Indian journal of veterinary science and animal husbandry - Volume 12,
Year: 1942
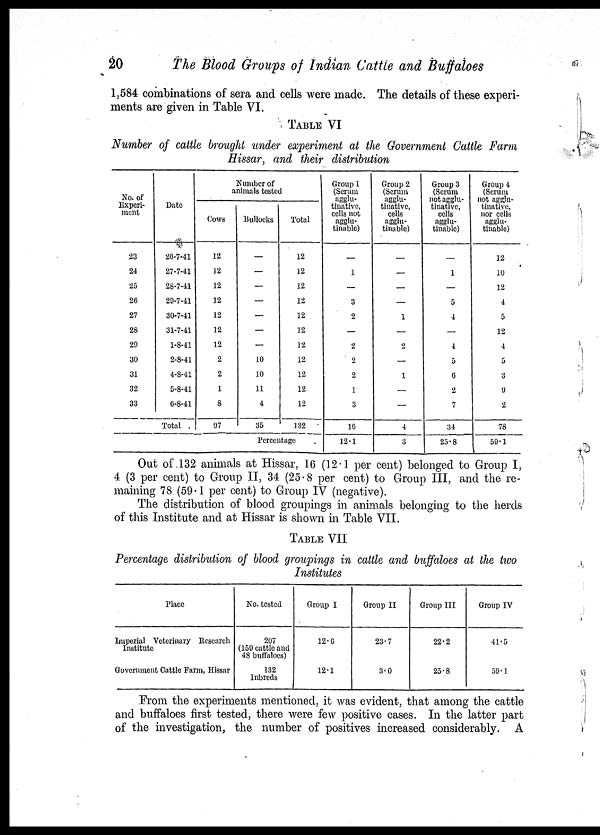
20
The Blood Groups of Indian Cattle and Buffaloes
1,584 combinations of sera and cells were made. The details of these experi-
ments are given in Table VI.
TABLE VI
Number of cattle brought under experiment at the Government Cattle Farm
Hissar, and their distribution
No. of
Experi-
ment
23
24
25
26
27
28
29
30
31
32
33
Date
26-7-41
27-7-41
28-7-41
29-7-41
30-7-41
31-7-41
1-8-41
2-8-41
4-8-41
5-8-41
6-8-41
Total .
Number of
animals tested
Cows
12
12
12
12
12
12
12
2
2
1
8
97
Bullocks
—
—
—
—
—
—
—
10
10
11
4
35
Total
12
12
12
12
12
12
12
12
12
12
12
132
Percentage
Group 1
(Serum
agglu-
tinative,
cells not
agglu-
tinable)
—
1
—
3
2
—
2
2
2
1
3
16
12.1
Group 2
(Serum
agglu-
tinative,
cells
agglu-
tinable)
—
—
—
—
1
—
2
—
1
—
—
4
3
Group 3
(Serum
not agglu-
tinative,
cells
agglu-
tinable)
—
1
—
5
4
—
4
5
6
2
7
34
25.8
Group 4
(Serum
not agglu-
tinative,
nor cells
agglu-
tinable)
12
10
12
4
5
12
4
5
3
9
2
78
59.1
Out of 132 animals at Hissar, 16 (12.1 per cent) belonged to Group I,
4 (3 per cent) to Group II, 34 (25.8 per cent) to Group III, and the re-
maining 78 (59.1 per cent) to Group IV (negative).
The distribution of blood groupings in animals belonging to the herds
of this Institute and at Hissar is shown in Table VII.
TABLE VII
Percentage distribution of blood groupings in cattle and buffaloes at the two
Institutes
Place
Imperial Veterinary Research
Institute
Government Cattle Farm, Hissar
No. tested
207
(159 cattle and
48 buffaloes)
132
Inbreds
Group I
12.6
12.1
Group II
23.7
3.0
Group III
22.2
25.8
Group IV
41.5
59.1
From the experiments mentioned, it was evident, that among the cattle
and buffaloes first tested, there were few positive cases. In the latter part
of the investigation, the number of positives increased considerably. A